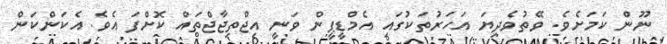
ނޫން ކަމަށެވެ. ވޭތުވެދިޔަ އަހަރުތަކުގައި އެމްޑީޕީން ވަނީ އިޖްތިޖާޖްތައް ކޮށްފަ އެވެ. އެކަންކަން